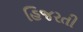
હિજરતી